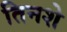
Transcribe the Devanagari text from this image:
तिनशे